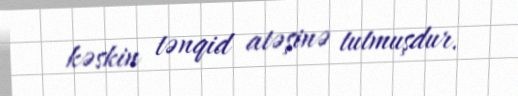
kəskin tənqid atəşinə tutmuşdur.